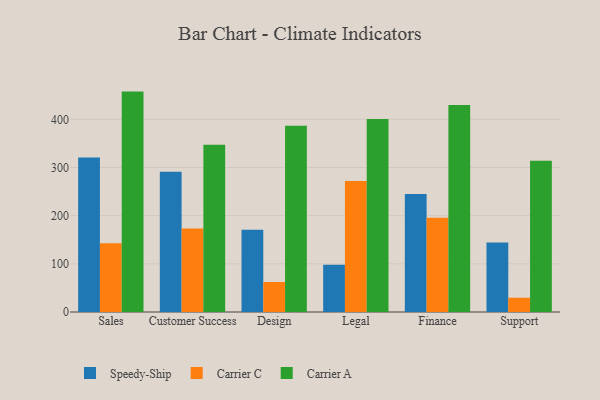
{"axis": {"x": "Department", "y": "Market Share (%)"}, "legend": ["Carrier A", "Carrier C", "Speedy-Ship"], "data": [{"x": "Sales", "y": 320.7, "type": "Speedy-Ship"}, {"x": "Sales", "y": 142.9, "type": "Carrier C"}, {"x": "Sales", "y": 457.5, "type": "Carrier A"}, {"x": "Customer Success", "y": 291.3, "type": "Speedy-Ship"}, {"x": "Customer Success", "y": 173.4, "type": "Carrier C"}, {"x": "Customer Success", "y": 347.4, "type": "Carrier A"}, {"x": "Design", "y": 170.5, "type": "Speedy-Ship"}, {"x": "Design", "y": 62.3, "type": "Carrier C"}, {"x": "Design", "y": 386.4, "type": "Carrier A"}, {"x": "Legal", "y": 98.1, "type": "Speedy-Ship"}, {"x": "Legal", "y": 272.0, "type": "Carrier C"}, {"x": "Legal", "y": 400.4, "type": "Carrier A"}, {"x": "Finance", "y": 244.9, "type": "Speedy-Ship"}, {"x": "Finance", "y": 195.7, "type": "Carrier C"}, {"x": "Finance", "y": 429.5, "type": "Carrier A"}, {"x": "Support", "y": 144.3, "type": "Speedy-Ship"}, {"x": "Support", "y": 29.6, "type": "Carrier C"}, {"x": "Support", "y": 314.1, "type": "Carrier A"}]}